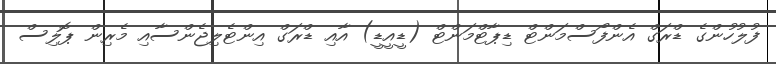
ފުލުހުންގެ ޑްރަގް އެންފޯސްމަންޓް ޑިޕާޓްމަންޓް (ޑީއީޑީ) އާއި ޑްރަގް އިންޓެލިޖެންސާއި މެރިން ޕޮލިސް